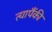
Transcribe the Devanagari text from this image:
त्यापैंकी